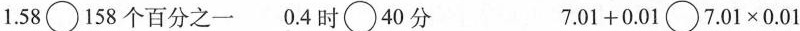
1.58\bigcirc158个百分之一 0.4时\bigcirc40分 7.01+0.01\bigcirc7.01\times0.01